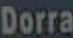
Dorra